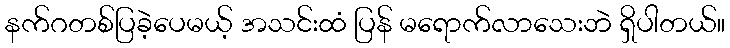
နက်ဂတစ်ပြခဲ့ပေမယ့် အသင်းထံ ပြန် မရောက်လာသေးဘဲ ရှိပါတယ်။